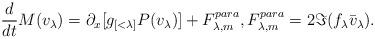
LaTeX: \begin{align*}\frac{d}{dt} M(v_\lambda) = \partial_x [g_{[<\lambda]} P(v_\lambda)] + F^{para}_{\lambda,m}, F^{para}_{\lambda,m} = 2 \Im ( f_\lambda \bar v_\lambda).\end{align*}